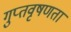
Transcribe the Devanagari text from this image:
गुप्‍तवृषणता